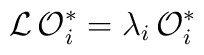
{\cal L\,O}_{i}^{*}=\lambda _{i}{\cal \,O}_{i}^{*}